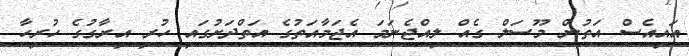
އައިއެސް އަތުން މޫސަލް ގެއް ލިއްޖެނަމަ އެޖަމާއަތުގެ އަތްދަށުގައި ހުރި އިރާގުގެ ހުރިހާ